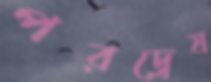
পরদ্বেষ